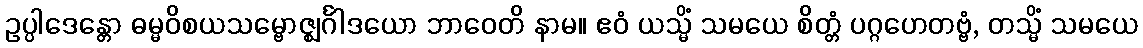
ဥပ္ပါဒေန္တော ဓမ္မဝိစယသမ္ဗောဇ္ဈင်္ဂါဒယော ဘာဝေတိ နာမ။ ဧဝံ ယသ္မိံ သမယေ စိတ္တံ ပဂ္ဂဟေတဗ္ဗံ, တသ္မိံ သမယေ